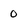
Character: 0